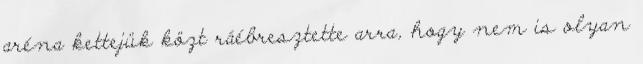
aréna kettejük közt ráébresztette arra, hogy nem is olyan